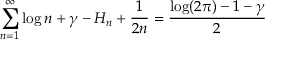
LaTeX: \sum _ { n = 1 } ^ { \infty } \log n + \gamma - H _ { n } + { \frac { 1 } { 2 n } } = { \frac { \log ( 2 \pi ) - 1 - \gamma } { 2 } }